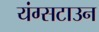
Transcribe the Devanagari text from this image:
यंग्सटाउन